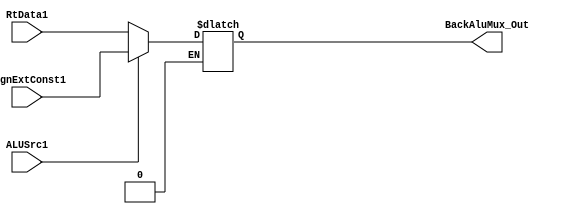
`timescale 1ns / 1ps


module BackAluMux(
    output [31:0] BackAluMux_Out,
    input [31:0] RtData1,
    input [31:0] SignExtConst1,
	 input ALUSrc1
    );


    reg[31:0] tempOut;
	 
	 always@(*)
	 begin
	     
		  if(ALUSrc1==0)
		  begin
		      tempOut = RtData1;
		  end
		  else if(ALUSrc1 == 1)
		  begin
		      tempOut = SignExtConst1;
		  end
		  
	 end

   assign BackAluMux_Out = tempOut;

endmodule